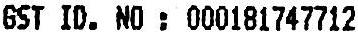
GST ID. : 000181747712